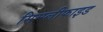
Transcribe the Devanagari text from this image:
सिम्प्लीफाइड